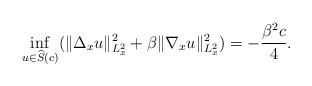
LaTeX: \begin{align*}\inf_{u\in\widehat{S}(c)}(\|\Delta_{x}u\|_{L_x^2}^2+\beta\|\nabla_x u\|_{L_x^2}^2)=-\frac{\beta^2c}{4}.\end{align*}